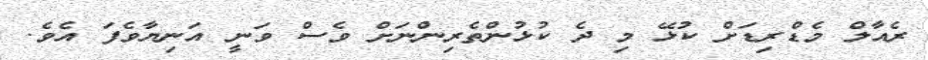
ރެއާލް މެޑްރިޑަށް ކުޅޭ މި ދެ ކުޅުންތެރިންނަށް ވެސް ވަނީ އަނިޔާވެފަ އެވެ.